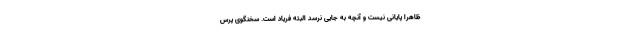
ظاهرا پایانی نیست و آنچه به جایی نرسد البته فریاد است. سخنگوی پرس